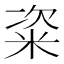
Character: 粢